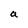
Character: a